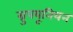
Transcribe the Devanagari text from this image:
ग्रुपयूनियन